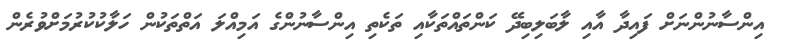
އިންސާނުންނަށް ފައިދާ އާއި ލާބަލިބިދޭ ކަންތައްތަކާއި ތަކެތި އިންސާނުންގެ އަމިއްލަ އަތްތަކުން ހަލާކުކުރުމަށްވުރެން